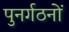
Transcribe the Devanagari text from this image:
पुनर्गठनों